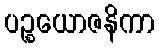
ပဉ္စယောဇနိကာ